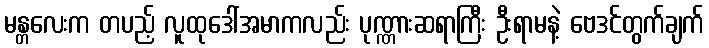
မန္တလေးက တပည့် လူထုဒေါ်အမာကလည်း ပုဏ္ဏားဆရာကြီး ဦးရာမနဲ့ ဗေဒင်တွက်ချက်